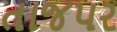
તાજપર